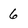
Character: 6